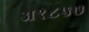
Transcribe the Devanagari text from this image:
अ१८५७